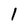
Character: l